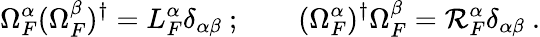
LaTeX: \Omega_{F}^{\alpha}(\Omega_{F}^{\beta})^{\dagger}=L_{F}^{\alpha}\delta_{\alpha\beta}\ ;\qquad(\Omega_{F}^{\alpha})^{\dagger}\Omega_{F}^{\beta}=\mathcal{R}_{F}^{\alpha}\delta_{\alpha\beta}\ .